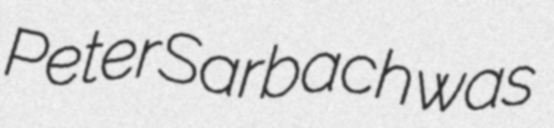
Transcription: Peter Sarbach was